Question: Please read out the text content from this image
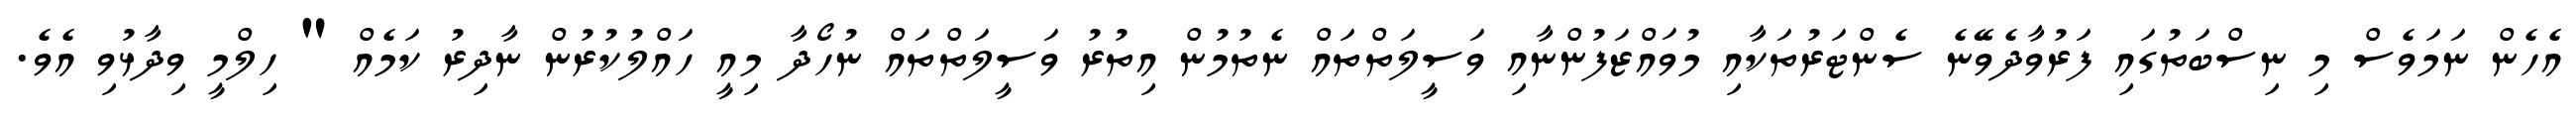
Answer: އެހެން ނަމަވެސް މި ނިސްބަތުގައި ފަރުވާދެވޭނެ ސެންޓަރުތަކާއި މުވައްޒަފުންނާއި ވަސީލަތްތައް ނެތުމުން އިތުރު ވަސީލަތްތައް ނުހޯދާ މިއީ ހައްލުކުރުން ނާދިރު ކަމެއް " ހިލްމީ ވިދާޅުވި އެވެ.